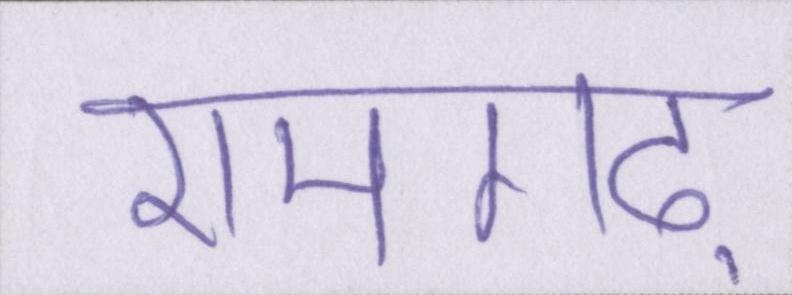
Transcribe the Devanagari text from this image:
रामगढ़